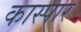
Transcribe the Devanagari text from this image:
कास्पार